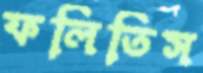
ফলিতিস